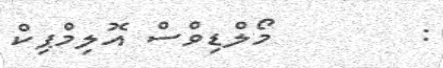
:        މޯލްޑިވްސް އޮލިމްޕިކް